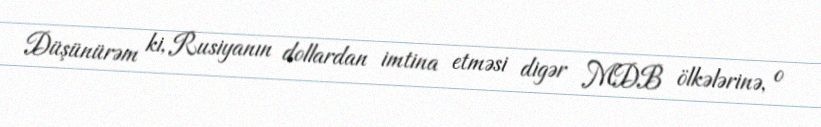
Düşünürəm ki, Rusiyanın dollardan imtina etməsi digər MDB ölkələrinə, o